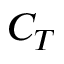
C _ { T }